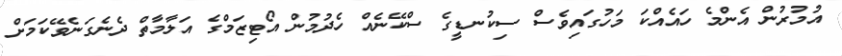
އުމުރުން އެންމެ ހައެއްކަ މަހުގައިވެސް ސިކުނޑީގެ ސްކޭނެއް ހެދުމުން އޯޓިޒަމްގެ އަލާމާތް ދެނެގަނެވޭކަމަށް